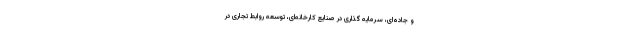
و جاده‌ای، سرمایه گذاری در صنایع کارخانه‌ای، توسعه روابط تجاری در